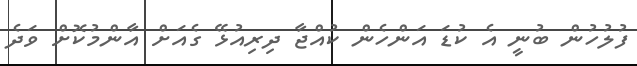
ފުލުހުން ބުނީ އެ ކުޑަ އަންހެން ކުއްޖާ ދިރިއުޅޭ ގެއަށް އާންމުކޮށް ވަދެ